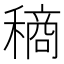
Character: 𮃧